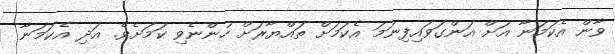
ވާން އެކަމަނާ އަށް އަންގަވައިފިނަމަ އެކަމަށް ތައްޔާރަށް ހުންނެވި ކަމަށެވެ. އަދި އެކަމަނާ